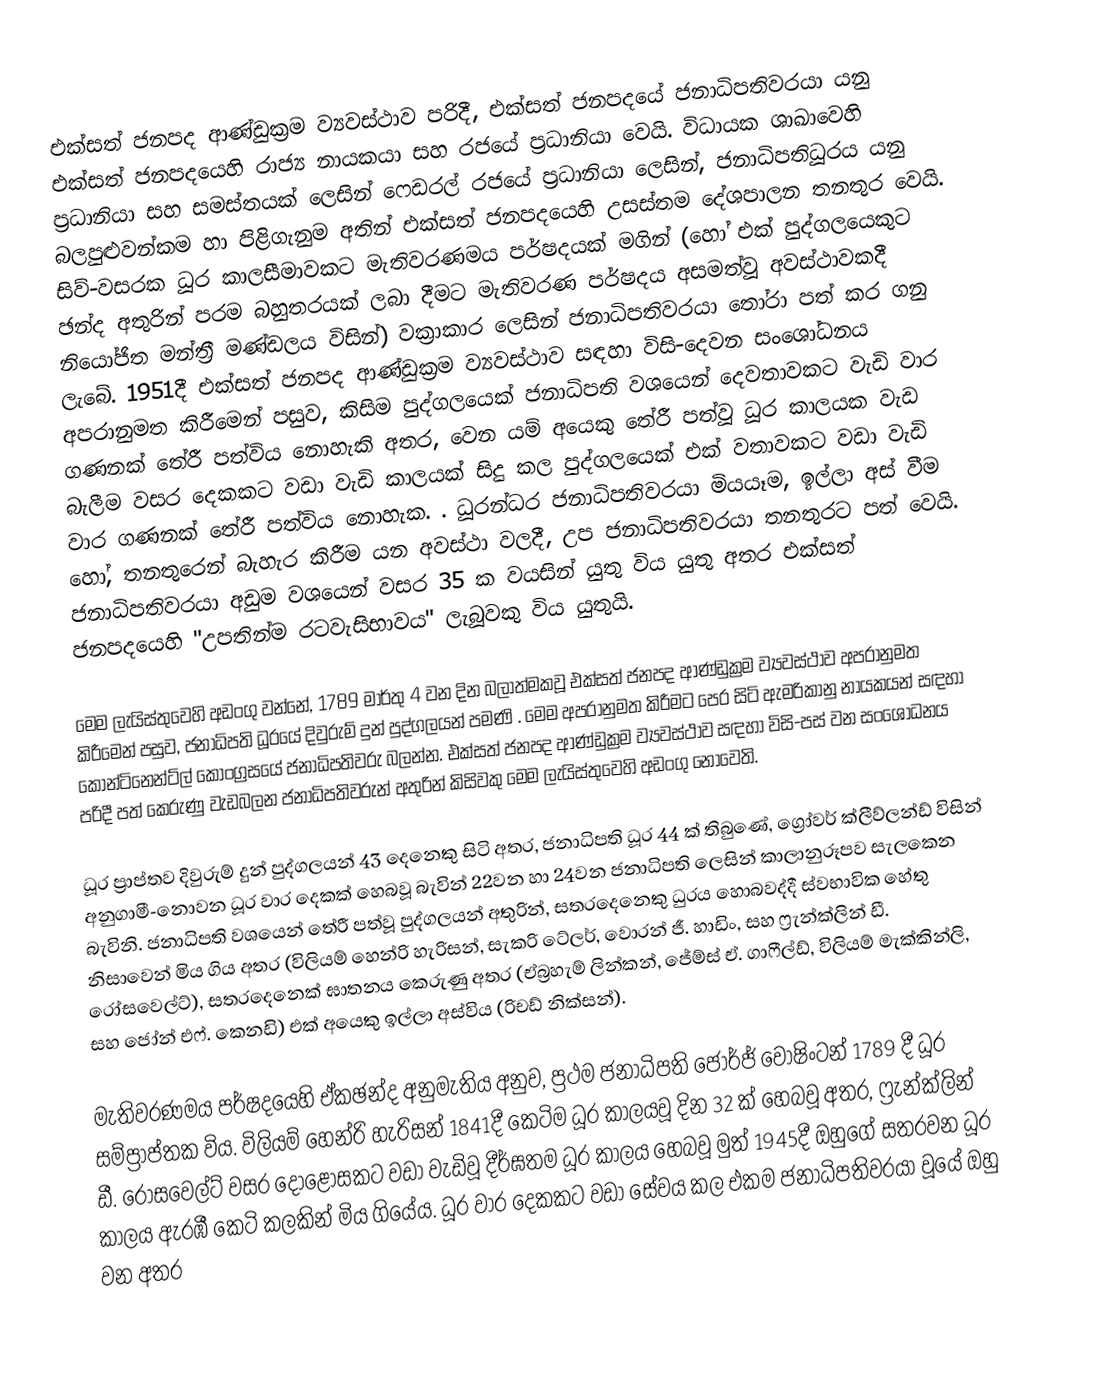
එක්සත් ජනපද ආණ්ඩුක්‍රම ව්‍යවස්ථාව පරිදී, එක්සත් ජනපදයේ ජනාධිපතිවරයා යනු  එක්සත් ජනපදයෙහි රාජ්‍ය නායකයා සහ රජයේ ප්‍රධානියා වෙයි. විධායක ශාඛාවෙහි ප්‍රධානියා සහ සමස්තයක් ලෙසින් ෆෙඩරල් රජයේ ප්‍රධානියා ලෙසින්, ජනාධිපතිධූරය යනු  බලපුළුවන්කම හා පිළිගැනුම අතින් එක්සත් ජනපදයෙහි උසස්තම දේශපාලන තනතුර වෙයි. සිව්-වසරක ධූර කාලසීමාවකට  මැතිවරණමය පර්ෂදයක් මගින් (හෝ එක් පුද්ගලයෙකුට  ඡන්ද අතුරින් පරම බහුතරයක් ලබා දීමට මැතිවරණ පර්ෂදය අසමත්වූ අවස්ථාවකදී නියෝජිත මන්ත්‍රී මණ්ඩලය විසින්) වක්‍රාකාර ලෙසින් ජනාධිපතිවරයා තෝරා පත් කර ගනු ලැබේ. 1951දී  එක්සත් ජනපද ආණ්ඩුක්‍රම ව්‍යවස්ථාව සඳහා විසි-දෙවන සංශෝධනය අපරානුමත කිරීමෙන් පසුව,   කිසිම පුද්ගලයෙක් ජනාධිපති වශයෙන් දෙවතාවකට වැඩි වාර ගණනක් තේරී පත්විය නොහැකි අතර, වෙන යම් අයෙකු තේරී පත්වූ ධූර කාලයක වැඩ බැලීම වසර දෙකකට වඩා වැඩි කාලයක් සිදු කල පුද්ගලයෙක් එක් වතාවකට වඩා වැඩි වාර ගණනක් තේරී පත්විය නොහැක. . ධූරන්ධර ජනාධිපතිවරයා මියයෑම, ඉල්ලා අස් වීම හෝ, තනතුරෙන් බැහැර කිරීම යන අවස්ථා වලදී, උප ජනාධිපතිවරයා තනතුරට පත් වෙයි. ජනාධිපතිවරයා අඩුම වශයෙන් වසර 35 ක වයසින් යුතු විය යුතු අතර එක්සත් ජනපදයෙහි  "උපතින්ම රටවැසිභාවය" ලැබූවකු විය යුතුයි.

මෙම ලැයිස්තුවෙහි අඩංගු වන්නේ,   1789 මාර්තු 4 වන දින බලාත්මකවූ එක්සත් ජනපද ආණ්ඩුක්‍රම ව්‍යවස්ථාව අපරානුමත කිරීමෙන් පසුව, ජනාධිපති ධූරයේ දිවුරුම් දුන් පුද්ගලයන් පමණි . මෙම අපරානුමත කිරීමට පෙර සිටි ඇමරිකානු නායකයන් සඳහා  කොන්ටිනෙන්ට්ල් කොංග්‍රසයේ ජනාධිපතිවරු බලන්න.  එක්සත් ජනපද ආණ්ඩුක්‍රම ව්‍යවස්ථාව සඳහා විසි-පස් වන සංශෝධනය පරිදී  පත් කෙරුණු වැඩබලන ජනාධිපතිවරුන් අතුරින් කිසිවකු මෙම ලැයිස්තුවෙහි අඩංගු නොවෙති.

ධූර ප්‍රාප්තව දිවුරුම් දුන් පුද්ගලයන් 43 දෙනෙකු සිටි අතර, ජනාධිපති ධූර 44 ක් තිබුණේ, ග්‍රෝවර් ක්ලීව්ලන්ඩ් විසින් අනුගාමී-නොවන ධූර වාර දෙකක් හෙබවූ බැවින් 22වන හා 24වන ජනාධිපති ලෙසින් කාලානුරූපව සැලකෙන බැවිනි. ජනාධිපති වශයෙන් තේරී පත්වූ පුද්ගලයන් අතුරින්, සතරදෙනෙකු ධුරය හොබවද්දී ස්වභාවික හේතු නිසාවෙන් මිය ගිය අතර (විලියම් හෙන්රි හැරිසන්, සැකරි ටේලර්, වොරන් ජී. හාඩිං, සහ ෆ්‍රැන්ක්ලින් ඩී. රෝසවෙල්ට්), සතරදෙනෙක් ඝාතනය කෙරුණු අතර (ඒබ්‍රහැම් ලින්කන්, ජේම්ස් ඒ. ගාෆීල්ඩ්, විලියම් මැක්කින්ලි, සහ ජෝන්  එෆ්. කෙනඩි) එක් අයෙකු ඉල්ලා අස්විය (රිචඩ් නික්සන්).

 මැතිවරණමය පර්ෂදයෙහි ඒකඡන්ද අනුමැතිය අනුව, ප්‍රථම ජනාධිපති ජෝර්ජ් වොෂිංටන් 1789 දී  ධූර සම්ප්‍රාප්තක විය. විලියම් හෙන්රි හැරිසන් 1841දී කෙටිම ධූර කාලයවූ දින 32 ක් හෙබවූ අතර, ෆ්‍රැන්ක්ලින් ඩී. රෝසවෙල්ට්   වසර දොළොසකට වඩා වැඩිවූ දීර්ඝතම ධූර කාලය හෙබවූ මුත් 1945දී ඔහුගේ සතරවන ධූර කාලය ඇරඹී කෙටි කලකින් මිය ගියේය. ධූර වාර දෙකකට වඩා සේවය කල එකම ජනාධිපතිවරයා වූයේ ඔහු වන අතර